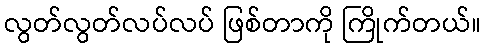
လွတ်လွတ်လပ်လပ် ဖြစ်တာကို ကြိုက်တယ်။